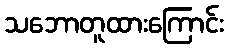
သဘောတူထားကြောင်း